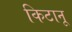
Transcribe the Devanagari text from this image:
किटानू